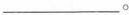
___。